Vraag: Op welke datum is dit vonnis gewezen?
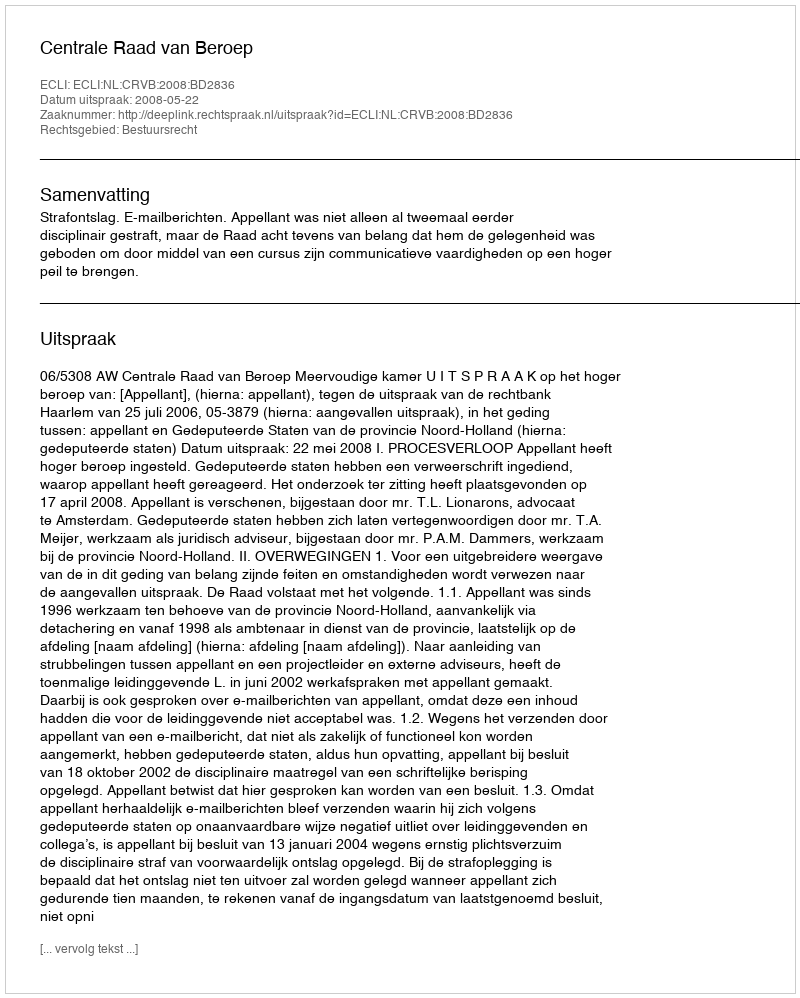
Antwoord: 2008-05-22